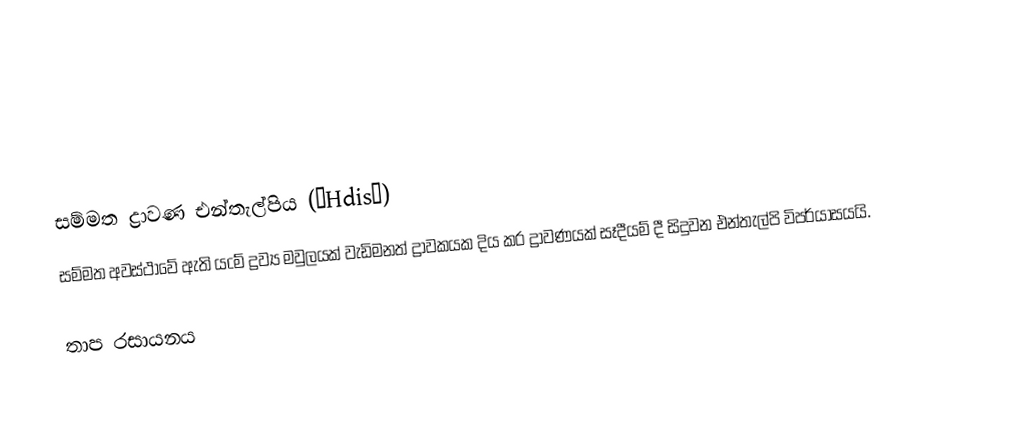

සම්මත ද්‍රාවණ එන්තැල්පිය (∆Hdis∅)
සම්මත අවස්ථාවේ  ඇති යcම් ද්‍රව්‍ය මවුලයක් වැඩිමනත් ද්‍රාවකයක දිය කර ද්‍රාවණයක් සෑදීයම් දී සිදුවන එන්තැල්පි විපර්යාසයයි.

තාප රසායනය